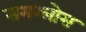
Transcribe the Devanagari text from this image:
समग्लोस